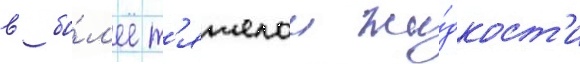
в бо́л'ее т'яжелои жи́дкост'и